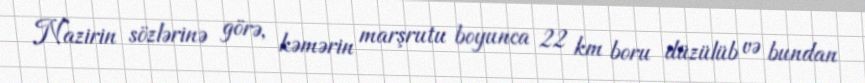
Nazirin sözlərinə görə, kəmərin marşrutu boyunca 22 km boru düzülüb və bundan